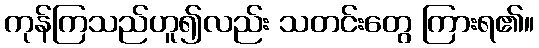
ကုန်ကြသည်ဟူ၍လည်း သတင်းတွေ ကြားရ၏။